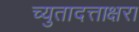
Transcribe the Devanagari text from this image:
च्युतादत्ताक्षरा